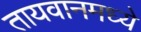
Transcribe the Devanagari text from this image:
तायवानमध्ये